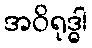
အဝိရုဒ္ဓါ